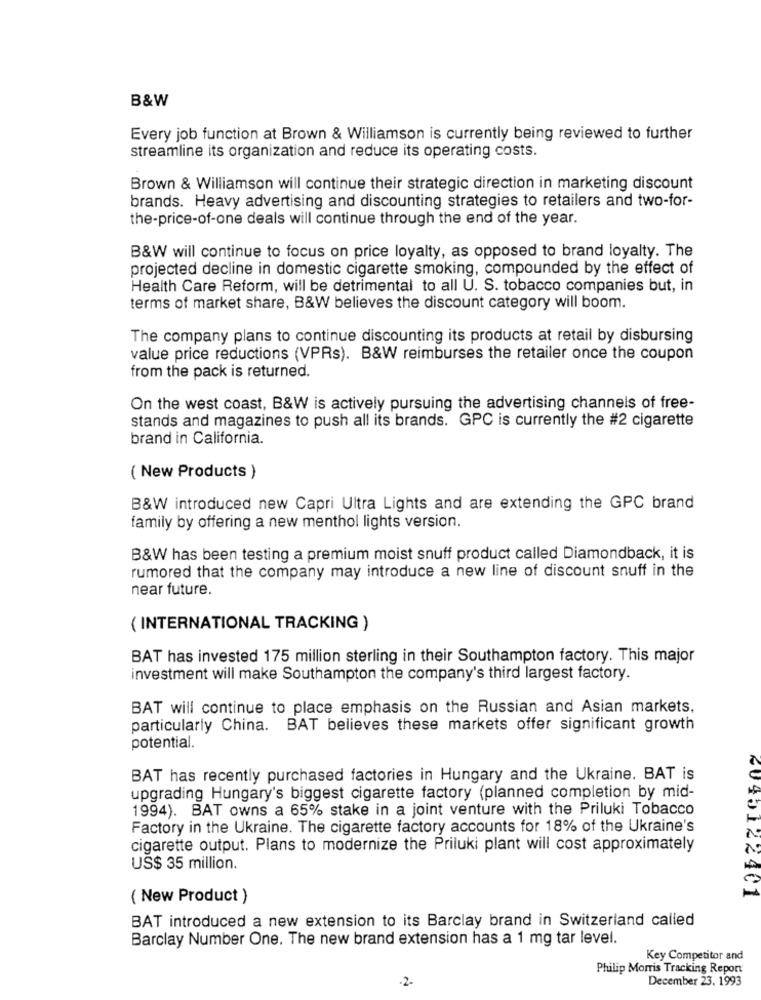
B&W
Every job function at Brown & Williamson is currently being reviewed to further
streamline its organization and reduce its operating costs.
Brown & Williamson will continue their strategic direction in marketing discount
brands. Heavy advertising and discounting strategies to retailers and two-for-
the-price-of-one deals will continue through the end of the year.
B&W will continue to focus on price loyalty, as opposed to brand loyalty. The
projected decline in domestic cigarette smoking, compounded by the effect of
Health Care Reform, will be detrimental to all U. S. tobacco companies but, in
terms of market share, B&W believes the discount category will boom.
The company plans to continue discounting its products at retail by disbursing
value price reductions (VPRs). B&W reimburses the retailer once the coupon
from the pack is returned.
On the west coast, B&W is actively pursuing the advertising channels of free-
stands and magazines to push all its brands. GPC is currently the #2 cigarette
brand in California.
( New Products )
B&W introduced new Capri Ultra Lights and are extending the GPC brand
family by offering a new menthol lights version.
B&W has been testing a premium moist snuff product called Diamondback, it is
rumored that the company may introduce a new line of discount snuff in the
near future.
( INTERNATIONAL TRACKING )
BAT has invested 175 million sterling in their Southampton factory. This major
investment will make Southampton the company's third largest factory.
BAT will continue to place emphasis on the Russian and Asian markets.
particularly China. BAT believes these markets offer significant growth
potential.
BAT has recently purchased factories in Hungary and the Ukraine. BAT is
upgrading Hungary's biggest cigarette factory (planned completion by mid-
1994). BAT owns a 65% stake in a joint venture with the Priluki Tobacco
Factory in the Ukraine. The cigarette factory accounts for 18% of the Ukraine's
cigarette output. Plans to modernize the Priluki plant will cost approximately
US$ 35 million.
2045122401
( New Product )
BAT introduced a new extension to its Barclay brand in Switzerland called
Barclay Number One. The new brand extension has a 1 mg tar level.
Key Competitor and
Philip Morris Tracking Report
-2.
December 23. 1993